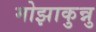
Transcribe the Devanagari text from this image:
मोझाकुन्नु